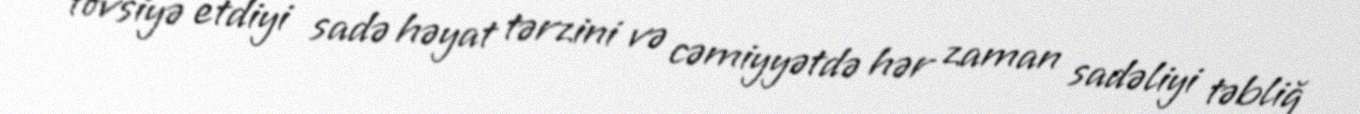
tövsiyə etdiyi sadə həyat tərzini və cəmiyyətdə hər zaman sadəliyi təbliğ